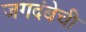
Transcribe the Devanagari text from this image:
जगदंबेची